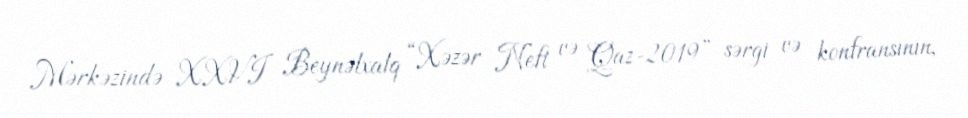
Mərkəzində XXVI Beynəlxalq “Xəzər Neft və Qaz-2019” sərgi və konfransının,